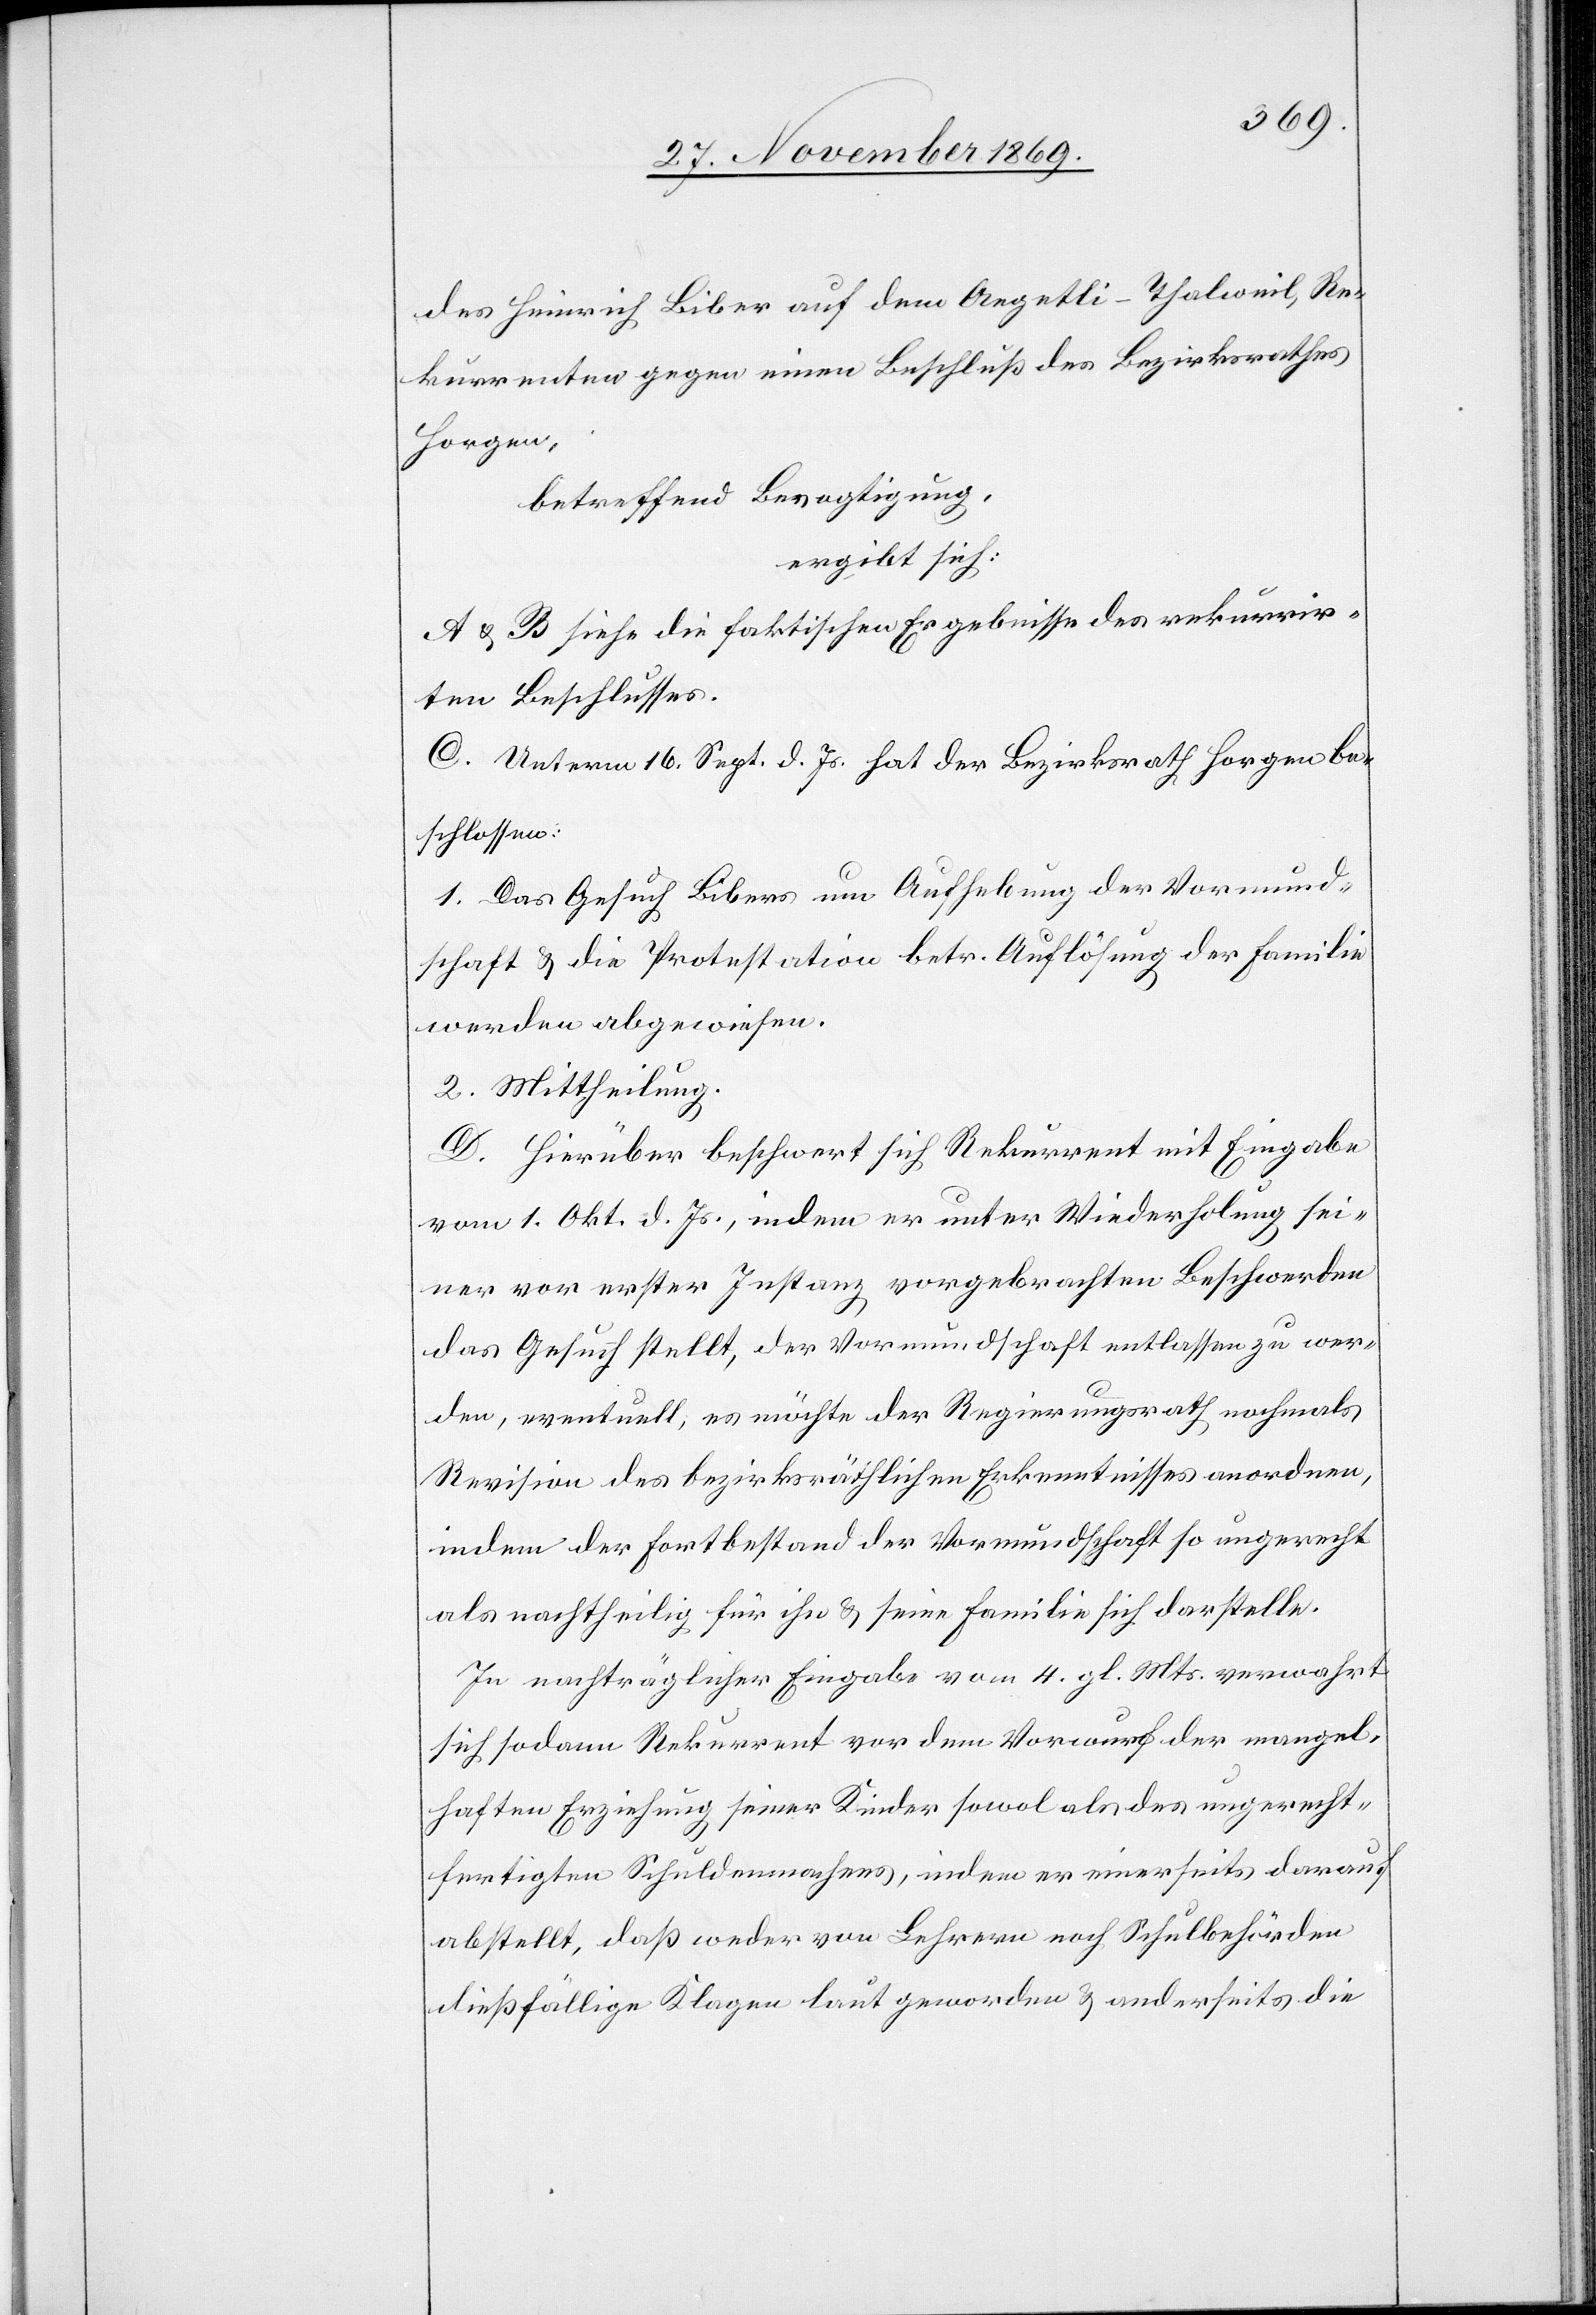
des Heinrich Biber auf dem Aegetli - Thalweil, Re¬
kurrenten gegen einen Beschluß des Bezirksrathes
Horgen,
betreffend Bevogtigung,
ergibt sich:
A & B siehe die faktischen Ergebnisse des rekurrir¬
ten Beschlusses.
C. Unterm 16. Sept. d. Js. hat der Bezirksrath Horgen be¬
schlossen:
1. Das Gesuch Bibers um Aufhebung der Vormund¬
schaft & die Protestation betr. Auflösung der Familie
werden abgewiesen.
2. Mittheilung.
D. Hierüber beschwert sich Rekurrent mit Eingabe
vom 1. Okt. d. Js., indem er unter Wiederholung sei¬
ner vor erster Instanz vorgebrachten Beschwerden
das Gesuch stellt, der Vormundschaft entlassen zu wer¬
den, eventuell, es möchte der Regierungsrath nochmals
Revision des bezirksräthlichen Erkenntnisses anordnen,
indem der Fortbestand der Vormundschaft so ungerecht
als nachtheilig für ihn & seine Familie sich darstelle.
In nachträglicher Eingabe vom 4. gl. Mts. verwahrt
sich sodann Rekurrent vor dem Vorwurf der mangel¬
haften Erziehung seiner Kinder sowol als des ungerecht¬
fertigten Schuldenmachens, indem er einerseits darauf
abstellt, daß weder von Lehrern noch Schulbehörden
dießfällige Klagen laut geworden & anderseits die